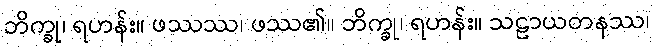
ဘိက္ခု၊ ရဟန်း။ ဖဿဿ၊ ဖဿ၏။ ဘိက္ခု၊ ရဟန်း။ သဠာယတနဿ၊